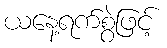
ယနေ့ရက်စွဲဖြင့်